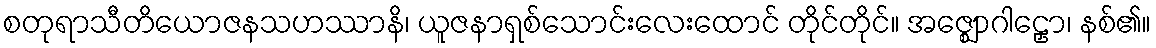
စတုရာသီတိယောဇနသဟဿာနိ၊ ယူဇနာရှစ်သောင်းလေးထောင် တိုင်တိုင်။ အဇ္ဈောဂါဠှော၊ နစ်၏။